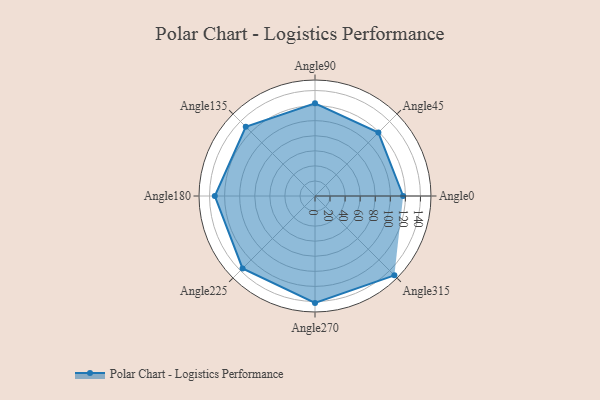
{"axis": {"x": "Angle", "y": "Radius"}, "legend": [""], "data": [{"x": "Angle0", "y": 117.0, "type": ""}, {"x": "Angle45", "y": 119.0, "type": ""}, {"x": "Angle90", "y": 123.0, "type": ""}, {"x": "Angle135", "y": 130.0, "type": ""}, {"x": "Angle180", "y": 133.0, "type": ""}, {"x": "Angle225", "y": 136.0, "type": ""}, {"x": "Angle270", "y": 142.0, "type": ""}, {"x": "Angle315", "y": 149.0, "type": ""}]}